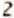
2